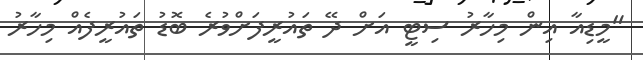
"މީޑިއާ އިން މިހާރު ސިޓީ އަށް ދޭ ތައުރީފަށްވުރެ ބޮޑު ތައުރީފެއް މިހާރު